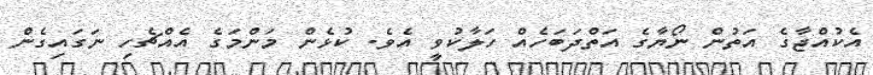
އެކުއްޖާގެ އަތުން ނޯޔާގެ އަތްދަބަހެއް ހަލާކުވީ އެވެ. ކުޅެން މަންމަގެ އެއްޗެހި ނަގައިގެން